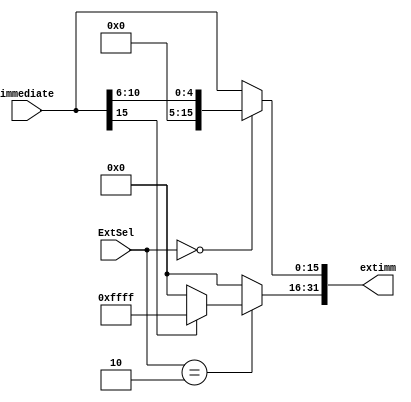
`timescale 1ns / 1ps

module SignZeroExtend(
    input [1:0] ExtSel,         //1x01immediate000sa(dhhh hh00 0000)0
    input [15:0] immediate,     //16
    output [31:0] extimm//32
);
    assign extimm[15:0]=(ExtSel==2'b00)?({11'h000,immediate[10:6]}):immediate[15:0];//sa610
    assign extimm[31:16]=(ExtSel==2'b10)?(immediate[15]?16'b1111111111111111:16'h0000):16'h0000;
endmodule